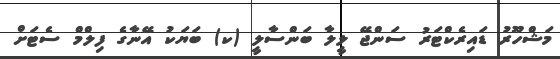
މަޝްހޫރު ޑައިރެކްޓަރު ސަންޖޭ ލީލާ ބަންސާލީ (ކ) ބަޔަކު އޭނާގެ ފިލްމް ސެޓަށް